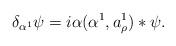
LaTeX: \begin{align*} \delta_{\alpha^1}\psi=i\alpha(\alpha^1,a^1_{\rho})*\psi.\end{align*}